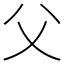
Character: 父